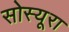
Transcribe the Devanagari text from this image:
सोस्यूरा